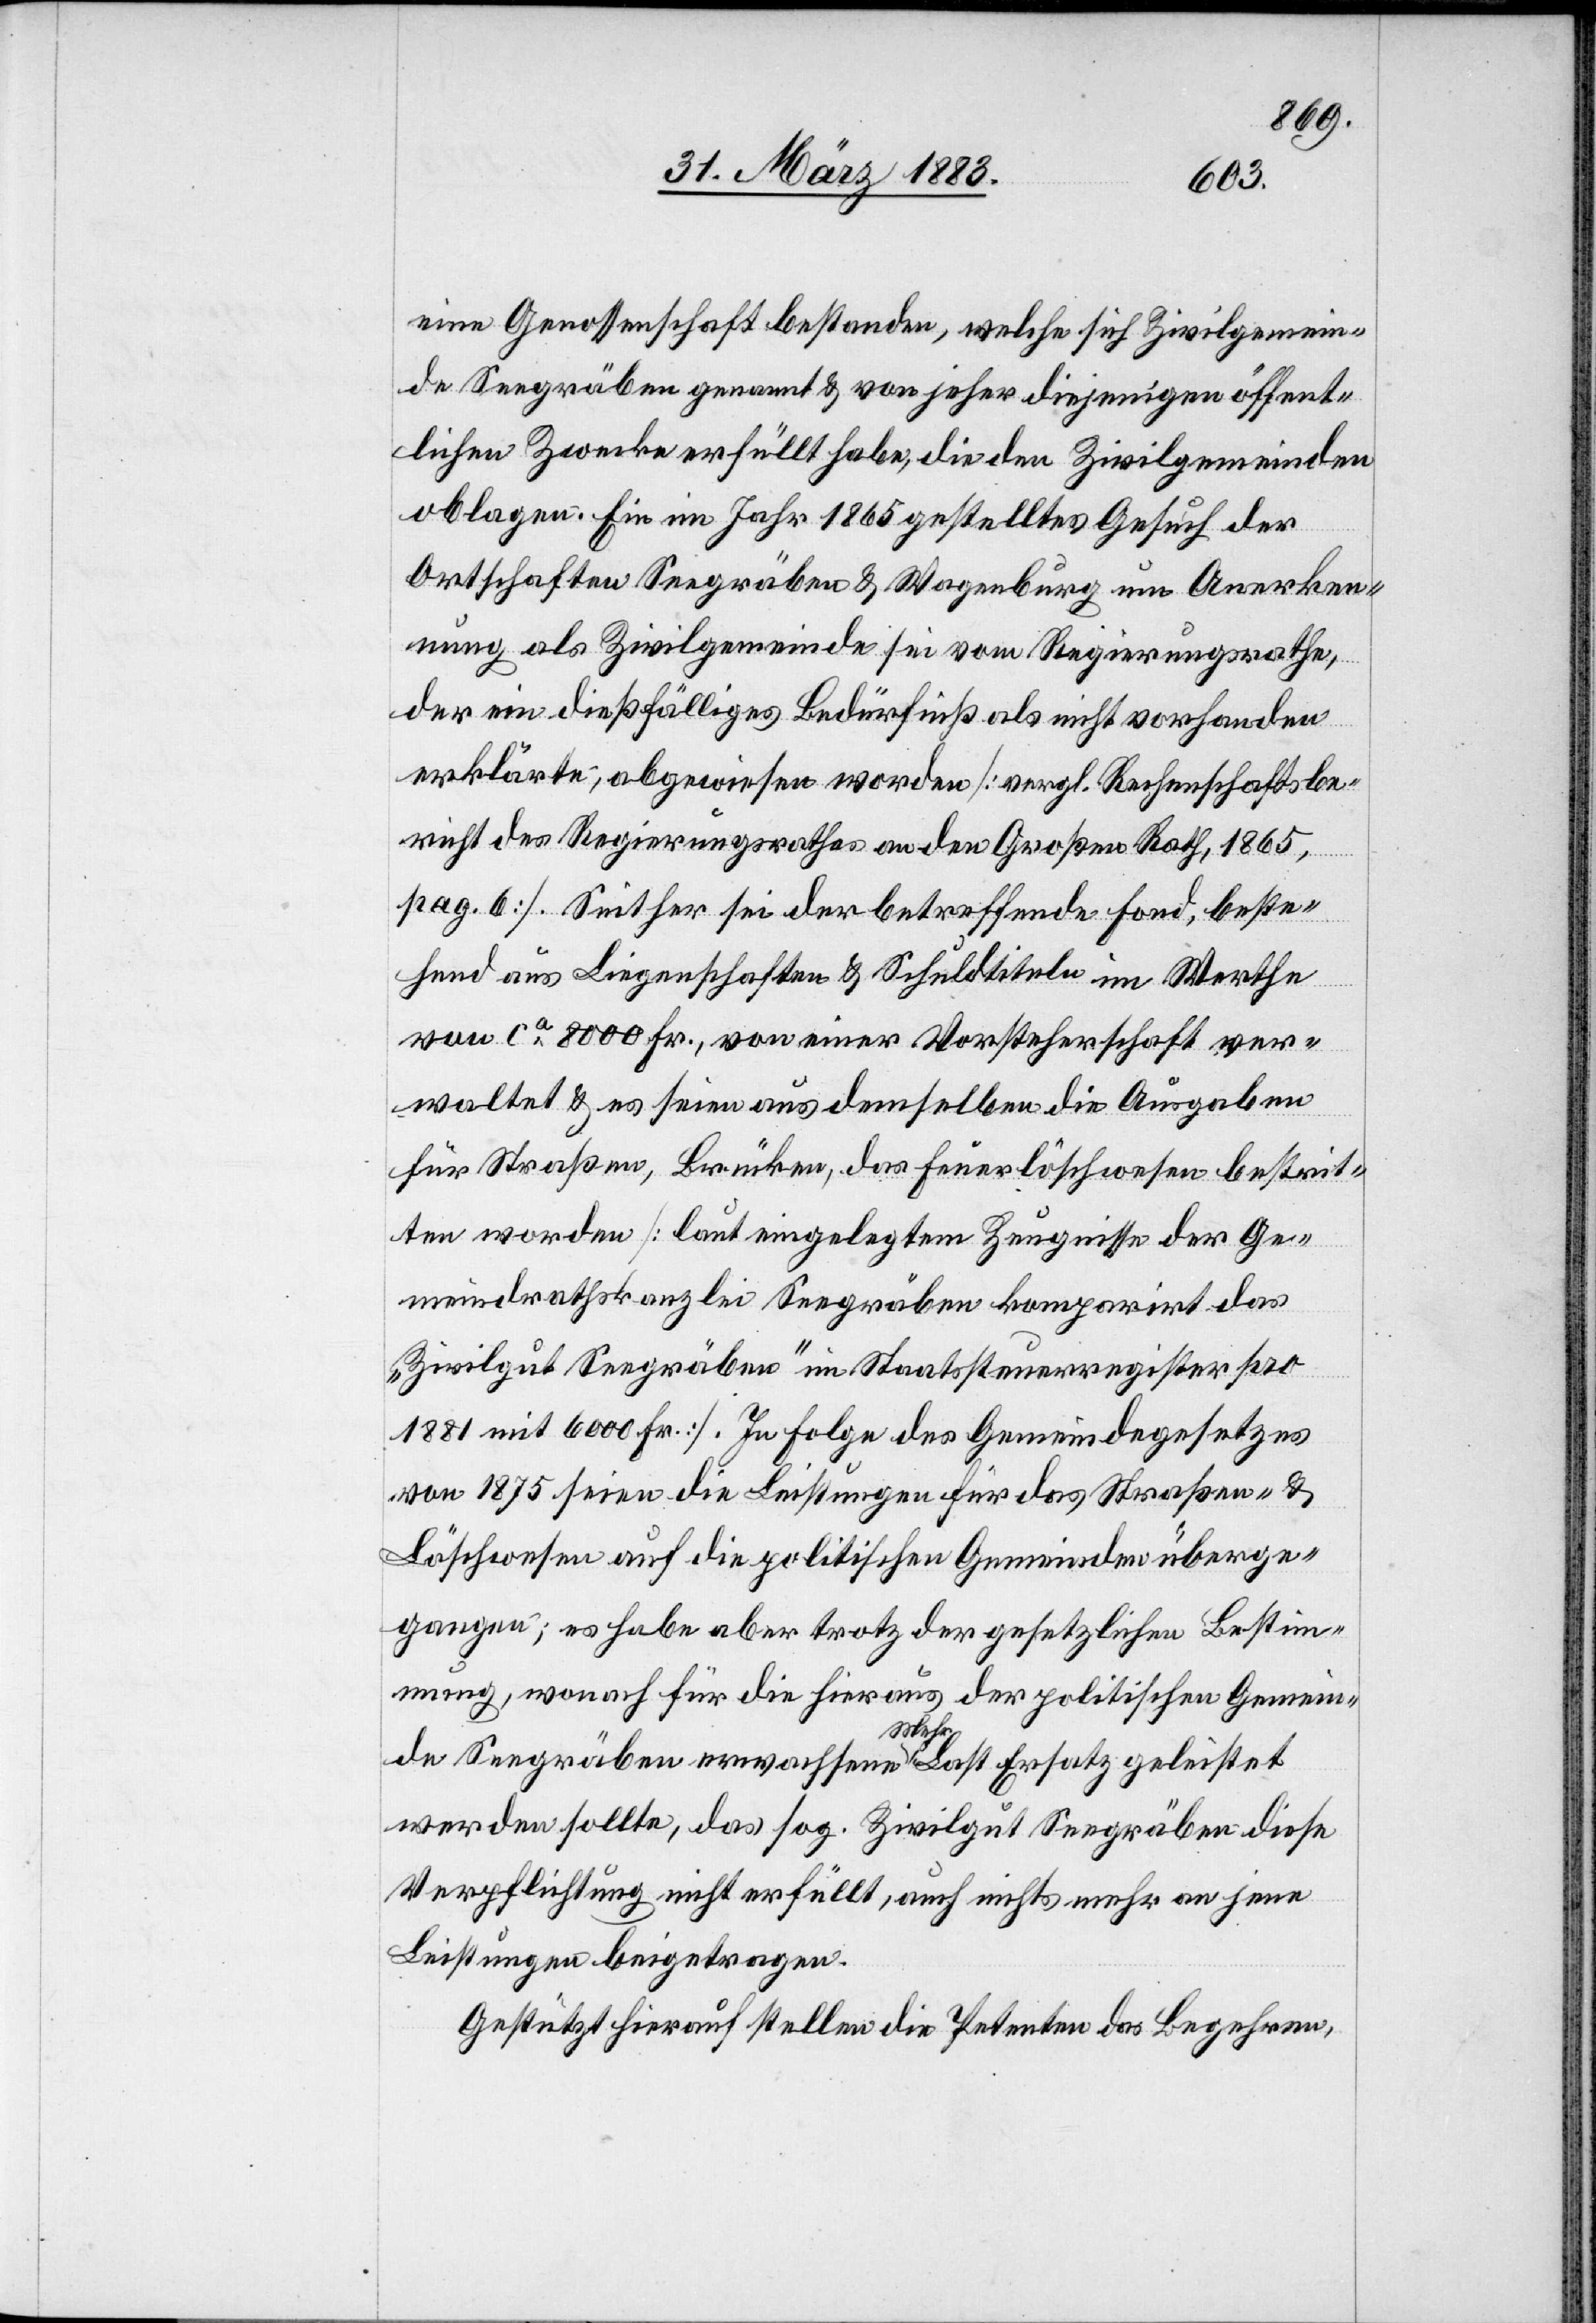
eine Genossenschaft bestanden, welche sich Zivilgemein¬
de Seegräben genannt & von jeher diejenigen öffent¬
lichen Zwecke erfüllt habe, die den Zivilgemeinden
oblagen. Ein im Jahr 1865 gestelltes Gesuch der
Ortschaften Seegräben & Wagenburg um Anerken¬
nung als Zivilgemeinde sei vom Regierungsrathe,
der ein dießfälliges Bedürfniß als nicht vorhanden
erklärte, abgewiesen worden [vergl. Rechenschaftsbe¬
richt des Regierungsrathes an den Großen Rath, 1865,
pag. 6]. Seither sei der betreffende Fond, beste¬
hend aus Liegenschaften & Schuldtiteln im Werthe
von ca 8000 Fr., von einer Vorsteherschaft ver¬
waltet & es seien aus demselben die Ausgaben
für Straßen, Brücken, das Feuerlöschwesen bestrit¬
ten worden [laut eingelegtem Zeugnisse der Ge¬
meindrathskanzlei Seegräben komparirt das
„Zivilgut Seegräben“ im Staatssteuerregister pro
1881 mit 6000 Fr.]. In Folge des Gemeindegesetzes
von 1875 seien die Leistungen für das Straßen- &
Löschwesen auf die politischen Gemeinden überge¬
gangen; es habe aber trotz der gesetzlichen Bestim¬
mung, wonach für die hieraus der politischen Gemein¬
de Seegräben erwachsene a-Mehr-a Last Ersatz geleistet
werden sollte, das sog. Zivilgut Seegräben diese
Verpflichtung nicht erfüllt, auch nichts mehr an jene
Leistungen beigetragen.
Gestützt hierauf stellen die Petenten das Begehren,